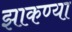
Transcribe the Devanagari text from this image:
झाकण्या